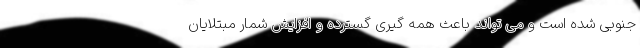
جنوبی شده است و می تواند باعث همه گیری گسترده و افزایش شمار مبتلایان